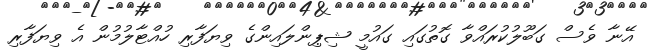
އޭނާ ވެސް ގަބޫލުކުރައްވާ ގޮތުގައި ގައުމީ ޝިޕިންލައިންގެ ވިޔަފާރި ހުއްޓާލުމުން އެ ވިޔަފާރި